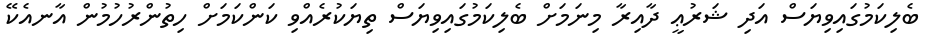
ބެލިކަމުގައިވިޔަސް އަދި ޝަރުޢީ ދާއިރާ މިނަމަށް ބެލިކަމުގައިވިޔަސް ތިޔަކުރެއްވި ކަންކަމަށް ހިތުންރުހުމުން އާނއެކޭ